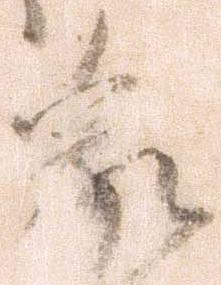
家